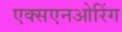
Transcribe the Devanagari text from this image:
एक्सएनओरिंग